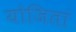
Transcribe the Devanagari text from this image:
योजितां